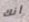
أنك